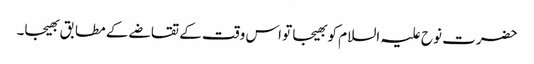
حضرت نوح علیہ السلام کو بھیجا تو اس وقت کے تقاضے کے مطابق بھیجا۔